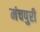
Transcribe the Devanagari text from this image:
मंचपुरी